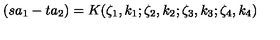
( s a _ { 1 } - t a _ { 2 } ) = K ( \zeta _ { 1 } , k _ { 1 } ; \zeta _ { 2 } , k _ { 2 } ; \zeta _ { 3 } , k _ { 3 } ; \zeta _ { 4 } , k _ { 4 } )